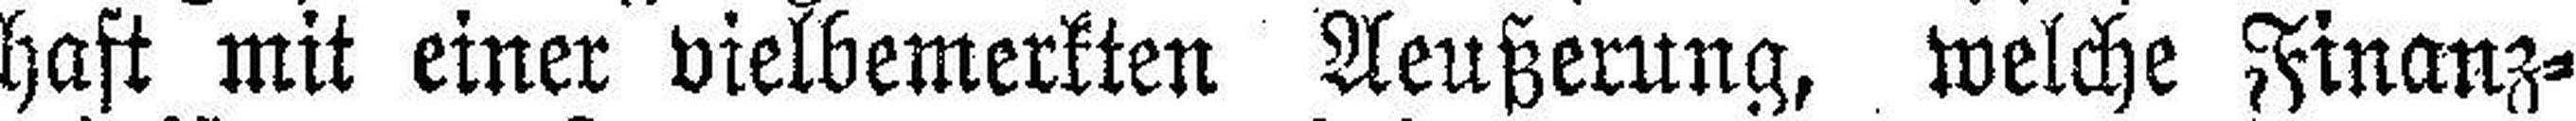
haft mit einer vielbemerkten Aeußerung, welche Finanz¬